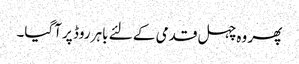
پھر وہ چہل قدمی کے لئے باہر روڈ پر آگیا۔